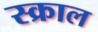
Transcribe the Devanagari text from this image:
स्क्राल